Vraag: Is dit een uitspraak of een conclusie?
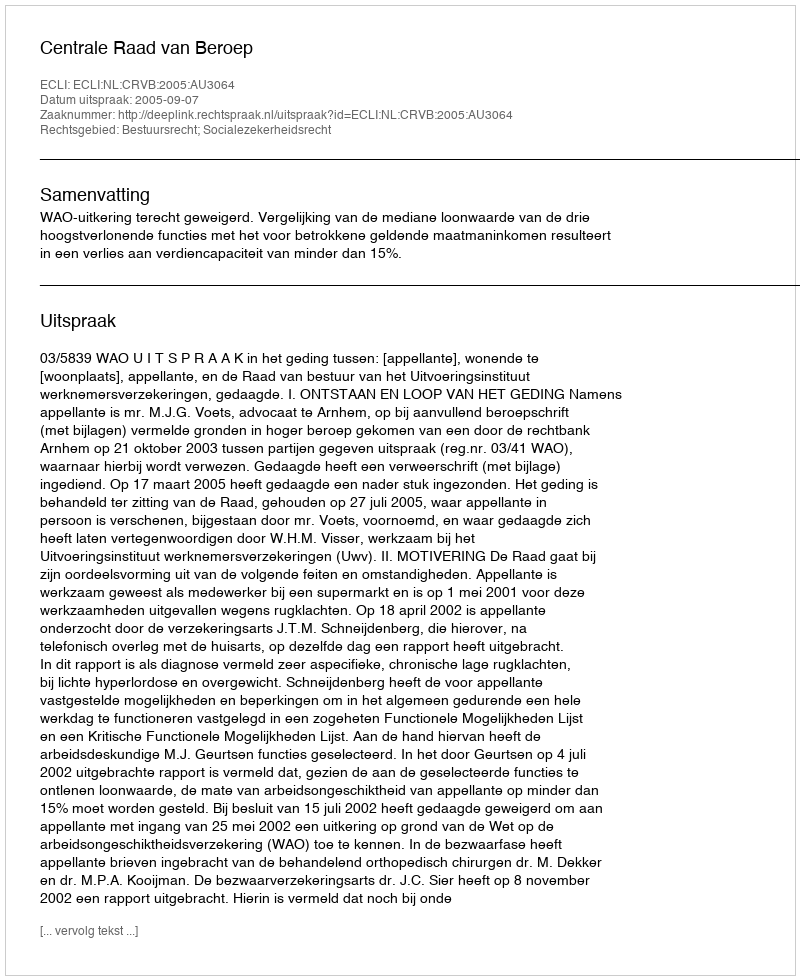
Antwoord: Uitspraak